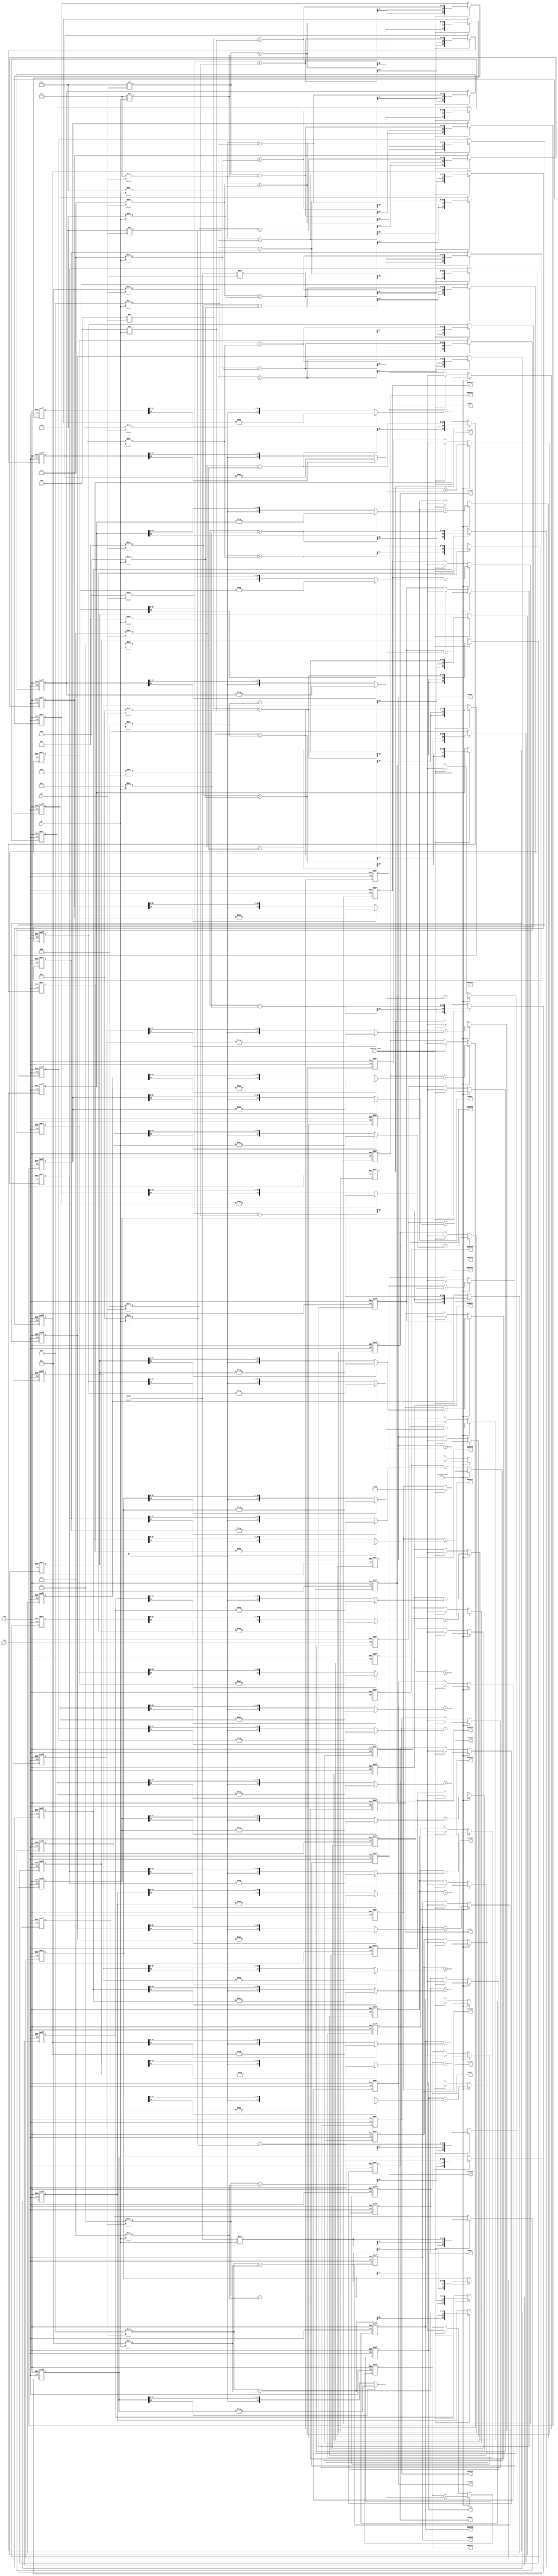
//just for test
//luyanheng
//2014-03-25
module counter(
	rstn,
	clk,
	counterrun1,
	counterrun2,
	gx,
	gy,
	
	mode2,
	mode3,
	mode4,
	mode5,
	mode6,
	mode7,
	mode8,
	mode9,
	mode10,
	mode11,
	mode12,
	mode13,
	mode14,
	mode15,
	mode16,
	mode17,
	mode18,
	mode19,
	mode20,
	mode21,
	mode22,
	mode23,
	mode24,
	mode25,
	mode26,
	mode27,
	mode28,
	mode29,
	mode30,
	mode31,
	mode32,
	mode33
);

    parameter		MODE=21;

	input			rstn;
	input			clk;
	input			counterrun1;
	input			counterrun2;
	input	signed		[10:0]	gx;
	input	signed		[10:0]	gy;
	output				[MODE:0]	mode2;
	output				[MODE:0]	mode3;
	output				[MODE:0]	mode4;
	output				[MODE:0]	mode5;
	output				[MODE:0]	mode6;
	output				[MODE:0]	mode7;
	output				[MODE:0]	mode8;
	output				[MODE:0]	mode9;
	output				[MODE:0]	mode10;
	output				[MODE:0]	mode11;
	output				[MODE:0]	mode12;
	output				[MODE:0]	mode13;
	output				[MODE:0]	mode14;
	output				[MODE:0]	mode15;
	output				[MODE:0]	mode16;
	output				[MODE:0]	mode17;
	output				[MODE:0]	mode18;
	output				[MODE:0]	mode19;
	output				[MODE:0]	mode20;
	output				[MODE:0]	mode21;
	output				[MODE:0]	mode22;
	output				[MODE:0]	mode23;
	output				[MODE:0]	mode24;
	output				[MODE:0]	mode25;
	output				[MODE:0]	mode26;
	output				[MODE:0]	mode27;
	output				[MODE:0]	mode28;
	output				[MODE:0]	mode29;
	output				[MODE:0]	mode30;
	output				[MODE:0]	mode31;
	output				[MODE:0]	mode32;
	output				[MODE:0]	mode33;
	
	reg signed			[MODE:0]		mode2_tmp;
	reg signed			[MODE:0]		mode3_tmp;
	reg signed			[MODE:0]		mode4_tmp;
	reg signed			[MODE:0]		mode5_tmp;
	reg signed			[MODE:0]		mode6_tmp;
	reg signed			[MODE:0]		mode7_tmp;
	reg signed			[MODE:0]		mode8_tmp;
	reg signed			[MODE:0]		mode9_tmp;
	reg signed			[MODE:0]		mode10_tmp;
	reg signed			[MODE:0]		mode11_tmp;
	reg signed			[MODE:0]		mode12_tmp;
	reg signed			[MODE:0]		mode13_tmp;
	reg signed			[MODE:0]		mode14_tmp;
	reg signed			[MODE:0]		mode15_tmp;
	reg signed			[MODE:0]		mode16_tmp;
	reg signed			[MODE:0]		mode17_tmp;
	reg signed			[MODE:0]		mode18_tmp;
	reg signed			[MODE:0]		mode19_tmp;
	reg signed			[MODE:0]		mode20_tmp;
	reg signed			[MODE:0]		mode21_tmp;
	reg signed			[MODE:0]		mode22_tmp;
	reg signed			[MODE:0]		mode23_tmp;
	reg signed			[MODE:0]		mode24_tmp;
	reg signed			[MODE:0]		mode25_tmp;
	reg signed			[MODE:0]		mode26_tmp;
	reg signed			[MODE:0]		mode27_tmp;
	reg signed			[MODE:0]		mode28_tmp;
	reg signed			[MODE:0]		mode29_tmp;
	reg signed			[MODE:0]		mode30_tmp;
	reg signed			[MODE:0]		mode31_tmp;
	reg signed			[MODE:0]		mode32_tmp;
	reg signed			[MODE:0]		mode33_tmp;
	
always@(posedge clk or negedge rstn)
	if(!rstn)
		begin
				mode2_tmp<='d0;
				mode3_tmp<='d0;
				mode4_tmp<='d0;
				mode5_tmp<='d0;
				mode6_tmp<='d0;
				mode7_tmp<='d0;
				mode8_tmp<='d0;
				mode9_tmp<='d0;
				mode10_tmp<= 'd0;
				mode11_tmp<= 'd0;
				mode12_tmp<= 'd0;
				mode13_tmp<= 'd0;
				mode14_tmp<= 'd0;
				mode15_tmp<= 'd0;
				mode16_tmp<= 'd0;
				mode17_tmp<= 'd0;
				mode18_tmp<= 'd0;
				mode19_tmp<= 'd0;
				mode20_tmp<= 'd0;
				mode21_tmp<= 'd0;
				mode22_tmp<= 'd0;
				mode23_tmp<= 'd0;
				mode24_tmp<= 'd0;
				mode25_tmp<= 'd0;
				mode26_tmp<= 'd0;
				mode27_tmp<= 'd0;
				mode28_tmp<= 'd0;
				mode29_tmp<= 'd0;
				mode30_tmp<= 'd0;
				mode31_tmp<= 'd0;
				mode32_tmp<= 'd0;
				mode33_tmp<= 'd0;
		end
	else if(counterrun1)
		begin
				mode2_tmp<=90*gx+90*gy;
				mode3_tmp<=99*gx+81*gy;
				mode4_tmp<=107*gx+70*gy;
				mode5_tmp<=113*gx+60*gy;
				mode6_tmp<=118*gx+48*gy;
				mode7_tmp<=123*gx+35*gy;
				mode8_tmp<=126*gx+20*gy;
				mode9_tmp<=127*gx+8*gy;
				mode10_tmp<=128*gx;
				mode11_tmp<=127*gx-8*gy;
				mode12_tmp<=126*gx-20*gy;
				mode13_tmp<=123*gx-35*gy;
				mode14_tmp<=118*gx-48*gy;
				mode15_tmp<=113*gx-60*gy;
				mode16_tmp<=107*gx-70*gy;
				mode17_tmp<=99*gx-81*gy;
				mode18_tmp<=90*gx-90*gy;
				mode19_tmp<=81*gx-99*gy;
				mode20_tmp<=70*gx-107*gy;
				mode21_tmp<=60*gx-113*gy;
				mode22_tmp<=48*gx-118*gy;
				mode23_tmp<=35*gx-123*gy;
				mode24_tmp<=20*gx-126*gy;
				mode25_tmp<=8*gx-127*gy;
				mode26_tmp<=128*gy;
				mode27_tmp<=8*gx+127*gy;
				mode28_tmp<=20*gx+126*gy;
				mode29_tmp<=35*gx+123*gy;
				mode30_tmp<=48*gx+118*gy;
				mode31_tmp<=60*gx+113*gy;
				mode32_tmp<=70*gx+107*gy;
				mode33_tmp<=81*gx+99*gy;
		end
	
	
	reg				[MODE:0]	mode2;
	reg				[MODE:0]	mode3;
	reg				[MODE:0]	mode4;
	reg				[MODE:0]	mode5;
	reg				[MODE:0]	mode6;
	reg				[MODE:0]	mode7;
	reg				[MODE:0]	mode8;
	reg				[MODE:0]	mode9;
	reg				[MODE:0]	mode10;
	reg				[MODE:0]	mode11;
	reg				[MODE:0]	mode12;
	reg				[MODE:0]	mode13;
	reg				[MODE:0]	mode14;
	reg				[MODE:0]	mode15;
	reg				[MODE:0]	mode16;
	reg				[MODE:0]	mode17;
	reg				[MODE:0]	mode18;
	reg				[MODE:0]	mode19;
	reg				[MODE:0]	mode20;
	reg				[MODE:0]	mode21;
	reg				[MODE:0]	mode22;
	reg				[MODE:0]	mode23;
	reg				[MODE:0]	mode24;
	reg				[MODE:0]	mode25;
	reg				[MODE:0]	mode26;
	reg				[MODE:0]	mode27;
	reg				[MODE:0]	mode28;
	reg				[MODE:0]	mode29;
	reg				[MODE:0]	mode30;
	reg				[MODE:0]	mode31;
	reg				[MODE:0]	mode32;
	reg				[MODE:0]	mode33;
	
always@(posedge clk or negedge rstn)
	if(!rstn)
		begin
			mode2	<=	'd0;
			mode3	<=	'd0;
			mode4	<=	'd0;
			mode5	<=	'd0;
			mode6	<=	'd0;
			mode7	<=	'd0;
			mode8	<=	'd0;
			mode9	<=	'd0;
			mode10	<=	'd0;
			mode11	<=	'd0;
			mode12	<=	'd0;
			mode13	<=	'd0;
			mode14	<=	'd0;
			mode15	<=	'd0;
			mode16	<=	'd0;
			mode17	<=	'd0;
			mode18	<=	'd0;
			mode19	<=	'd0;
			mode20	<=	'd0;
			mode21	<=	'd0;
			mode22	<=	'd0;
			mode23	<=	'd0;
			mode24	<=	'd0;
			mode25	<=	'd0;
			mode26	<=	'd0;
			mode27	<=	'd0;
			mode28	<=	'd0;
			mode29	<=	'd0;
			mode30	<=	'd0;
			mode31	<=	'd0;
			mode32	<=	'd0;
			mode33	<=	'd0;
		end
	else if(counterrun2)
		begin
			mode2	<=	mode2+((mode2_tmp[MODE]) ? (-mode2_tmp) : (mode2_tmp));
			mode3	<=	mode3+((mode3_tmp[MODE]) ? (-mode3_tmp) : (mode3_tmp));
			mode4	<=	mode4+((mode4_tmp[MODE]) ? (-mode4_tmp) : (mode4_tmp));
			mode5	<=	mode5+((mode5_tmp[MODE]) ? (-mode5_tmp) : (mode5_tmp));
			mode6	<=	mode6+((mode6_tmp[MODE]) ? (-mode6_tmp) : (mode6_tmp));
			mode7	<=	mode7+((mode7_tmp[MODE]) ? (-mode7_tmp) : (mode7_tmp));
			mode8	<=	mode8+((mode8_tmp[MODE]) ? (-mode8_tmp) : (mode8_tmp));
			mode9	<=	mode9+((mode9_tmp[MODE]) ? (-mode9_tmp) : (mode9_tmp));
			mode10	<=	mode10+((mode10_tmp[MODE]) ? (-mode10_tmp) : (mode10_tmp));
			mode11	<=	mode11+((mode11_tmp[MODE]) ? (-mode11_tmp) : (mode11_tmp));
			mode12	<=	mode12+((mode12_tmp[MODE]) ? (-mode12_tmp) : (mode12_tmp));
			mode13	<=	mode13+((mode13_tmp[MODE]) ? (-mode13_tmp) : (mode13_tmp));
			mode14	<=	mode14+((mode14_tmp[MODE]) ? (-mode14_tmp) : (mode14_tmp));
			mode15	<=	mode15+((mode15_tmp[MODE]) ? (-mode15_tmp) : (mode15_tmp));
			mode16	<=	mode16+((mode16_tmp[MODE]) ? (-mode16_tmp) : (mode16_tmp));
			mode17	<=	mode17+((mode17_tmp[MODE]) ? (-mode17_tmp) : (mode17_tmp));
			mode18	<=	mode18+((mode18_tmp[MODE]) ? (-mode18_tmp) : (mode18_tmp));
			mode19	<=	mode19+((mode19_tmp[MODE]) ? (-mode19_tmp) : (mode19_tmp));
			mode20	<=	mode20+((mode20_tmp[MODE]) ? (-mode20_tmp) : (mode20_tmp));
			mode21	<=	mode21+((mode21_tmp[MODE]) ? (-mode21_tmp) : (mode21_tmp));
			mode22	<=	mode22+((mode22_tmp[MODE]) ? (-mode22_tmp) : (mode22_tmp));
			mode23	<=	mode23+((mode23_tmp[MODE]) ? (-mode23_tmp) : (mode23_tmp));
			mode24	<=	mode24+((mode24_tmp[MODE]) ? (-mode24_tmp) : (mode24_tmp));
			mode25	<=	mode25+((mode25_tmp[MODE]) ? (-mode25_tmp) : (mode25_tmp));
			mode26	<=	mode26+((mode26_tmp[MODE]) ? (-mode26_tmp) : (mode26_tmp));
			mode27	<=	mode27+((mode27_tmp[MODE]) ? (-mode27_tmp) : (mode27_tmp));
			mode28	<=	mode28+((mode28_tmp[MODE]) ? (-mode28_tmp) : (mode28_tmp));
			mode29	<=	mode29+((mode29_tmp[MODE]) ? (-mode29_tmp) : (mode29_tmp));
			mode30	<=	mode30+((mode30_tmp[MODE]) ? (-mode30_tmp) : (mode30_tmp));
			mode31	<=	mode31+((mode31_tmp[MODE]) ? (-mode31_tmp) : (mode31_tmp));
			mode32	<=	mode32+((mode32_tmp[MODE]) ? (-mode32_tmp) : (mode32_tmp));
			mode33	<=	mode33+((mode33_tmp[MODE]) ? (-mode33_tmp) : (mode33_tmp));
		end
	else if(counterrun1)
		begin
			mode2	<=	'd0;
			mode3	<=	'd0;
			mode4	<=	'd0;
			mode5	<=	'd0;
			mode6	<=	'd0;
			mode7	<=	'd0;
			mode8	<=	'd0;
			mode9	<=	'd0;
			mode10	<=	'd0;
			mode11	<=	'd0;
			mode12	<=	'd0;
			mode13	<=	'd0;
			mode14	<=	'd0;
			mode15	<=	'd0;
			mode16	<=	'd0;
			mode17	<=	'd0;
			mode18	<=	'd0;
			mode19	<=	'd0;
			mode20	<=	'd0;
			mode21	<=	'd0;
			mode22	<=	'd0;
			mode23	<=	'd0;
			mode24	<=	'd0;
			mode25	<=	'd0;
			mode26	<=	'd0;
			mode27	<=	'd0;
			mode28	<=	'd0;
			mode29	<=	'd0;
			mode30	<=	'd0;
			mode31	<=	'd0;
			mode32	<=	'd0;
			mode33	<=	'd0;
		end
			
endmodule